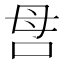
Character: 𠰔